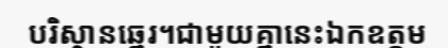
បរិស្ថានឆ្នេរ។ជាមួយគ្នានេះឯកឧត្តម